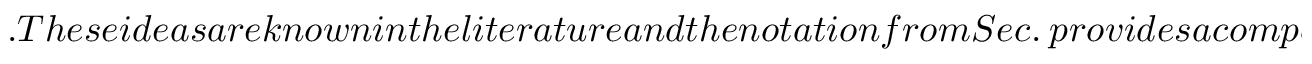
. T h e s e i d e a s a r e k n o w n i n t h e l i t e r a t u r e a n d t h e n o t a t i o n f r o m S e c . ~ p r o v i d e s a c o m p a c t w a y t o p r o c e e d ( s e e S u p p l e m e n t a r y M a t e r i a l ) . I n p a r t i c u l a r , u s i n g a L a g r a n g i a n n o t a t i o n w i t h